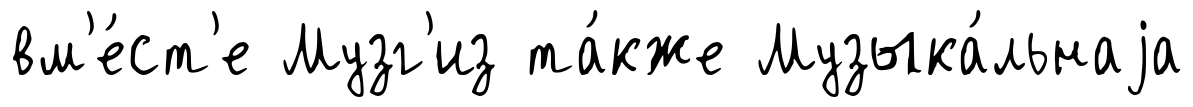
вм'е́ст'е Музг'из та́кже Музыка́льнаjа